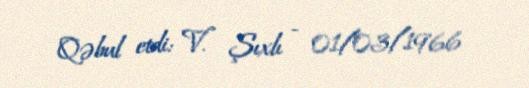
Qəbul etdi: V. Şıxlı - 01/03/1966